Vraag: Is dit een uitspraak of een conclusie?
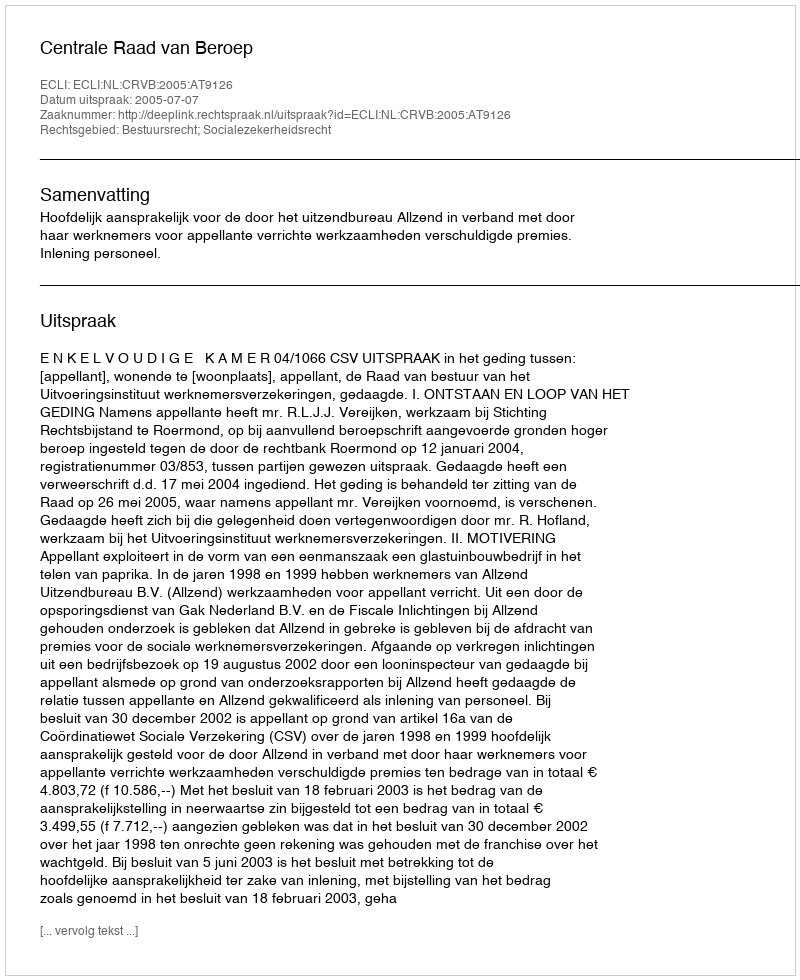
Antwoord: Uitspraak